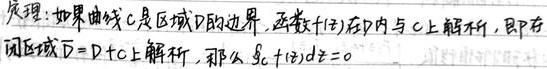
定理：如果曲线 \(C\) 是区域 \(D\) 的边界，函数 \(f(z)\) 在 \(D\) 内与 \(C\) 上解析，即 \(f\) 在闭区域 \(\overline{D}=D + C\) 上解析，那么 \(\oint_{C}f(z)dz = 0\) 。